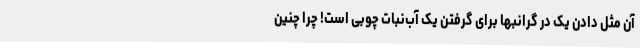
آن مثل دادن یک دُرِّ گرانبها برای گرفتن یک آب‌نبات چوبی است! چرا چنین